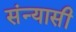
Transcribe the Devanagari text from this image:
संन्‍यासी